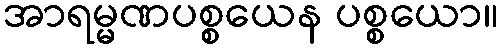
အာရမ္မဏပစ္စယေန ပစ္စယော။